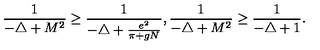
\frac { 1 } { - \triangle + M ^ { 2 } } \geq \frac { 1 } { - \triangle + \frac { e ^ { 2 } } { \pi + g N } } , \frac { 1 } { - \triangle + M ^ { 2 } } \geq \frac { 1 } { - \triangle + 1 } .